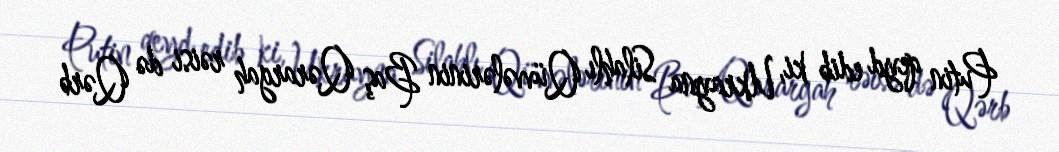
Putin qeyd edib ki, Ukrayna Silahlı Qüvvələrinin Baş Qərargah rəisi də Qərb